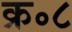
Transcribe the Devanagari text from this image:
क्र॰८